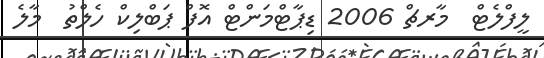
ލީފްލެޓް  މާރޗް 2006 ޑިޕާޓްމަންޓް އޮފް ޕަބްލިކް ހެލްތު  މާލެ